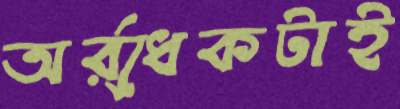
অর্র্ধেকটাই